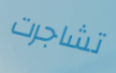
تشاجرت